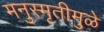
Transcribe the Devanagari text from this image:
मनुस्मृतीमुळे